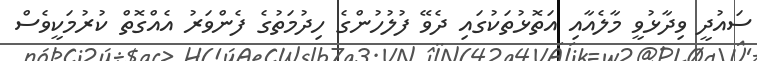
ސައުދީ ވިދާޅުވީ މާލެއާއި އަތޮޅުތަކުގައި ދެވޭ ފުލުހުންގެ ހިދުމަތުގެ ފެންވަރު އެއްގޮތް ކުރުމަކީވެސް